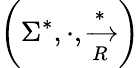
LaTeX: \left(\Sigma^{*},\cdot,{\xrightarrow[{R}]{*}}\right)